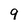
Character: 9